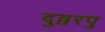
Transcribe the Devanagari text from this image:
दुव्वरपु